Annual returns of the Patna Lunatic Asylum at Bankipore in Bihar and Orissa - 1912-1924
Year: 1912
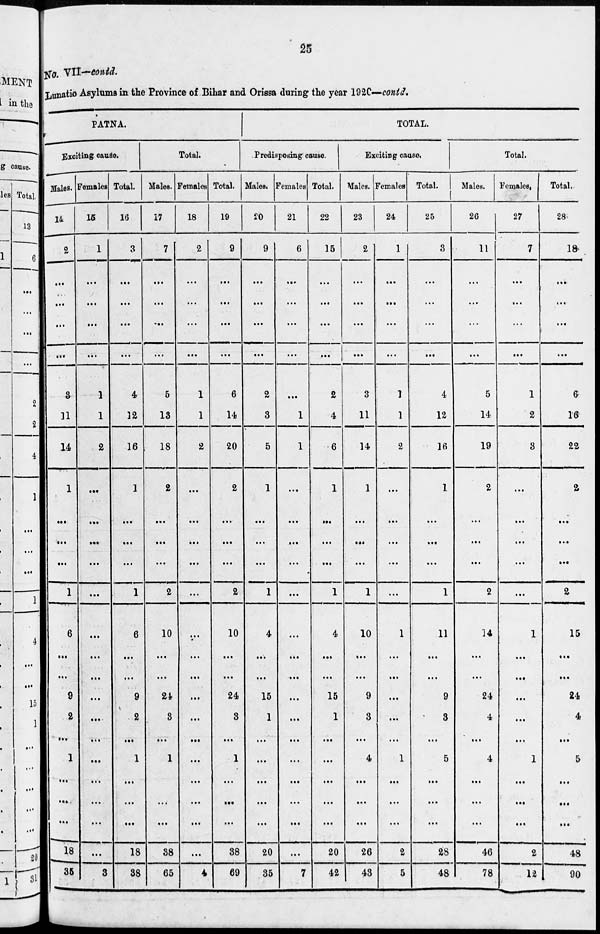
25
No.VII—contd.
Lunatic Asylums in the Province of Bihar and Orissa during the year 1920—contd.
PATNA.
Exciting cause.
Males.
14
2
...
...
...
...
3
11
14
1
...
...
...
1
6
...
...
9
2
...
1
...
...
...
18
35
Females
15
1
...
...
...
...
1
1
2
...
...
...
...
...
...
...
...
...
...
...
...
...
...
...
...
3
Total.
16
3
...
...
...
...
4
12
16
1
...
...
...
1
6
...
...
9
2
...
1
...
...
...
18
38
Total.
Males.
17
7
...
...
...
...
5
13
18
2
...
...
...
2
10
...
...
24
8
...
1
...
...
...
38
65
Females
18
2
...
...
...
...
1
1
2
...
...
...
...
...
...
...
...
...
...
...
...
...
...
...
...
4
Total.
19
9
...
...
...
...
6
14
20
2
...
...
...
2
10
...
...
24
8
...
1
...
...
...
38
69
TOTAL.
Predisposing cause.
Males.
20
9
...
...
...
...
2
3
5
1
...
...
...
1
4
...
...
15
1
...
...
...
...
...
20
35
Females
21
6
...
...
...
...
...
1
1
...
...
...
...
...
...
...
...
...
...
...
...
...
...
...
...
7
Total.
22
15
...
...
...
...
2
4
6
1
...
...
...
1
4
...
...
15
1
...
...
...
...
...
20
42
Exciting cause.
Males.
23
2
...
...
...
...
3
11
14
1
...
...
...
1
10
...
...
9
3
...
4
...
...
...
26
43
Females
24
1
...
...
...
...
1
1
2
...
...
...
...
...
1
...
...
...
...
...
1
...
...
...
2
5
Total.
25
3
...
...
...
...
4
12
16
1
...
...
...
1
11
...
...
9
3
...
5
...
...
...
28
48
Total.
Males.
26
11
...
...
...
...
5
14
19
2
...
...
...
2
14
...
...
24
4
...
4
...
...
...
46
78
Females.
27
7
...
...
...
...
1
2
3
...
...
...
...
...
1
...
...
...
...
...
1
...
...
...
2
12
Total.
28
18
...
...
...
...
6
16
22
2
...
...
...
2
15
...
...
24
4
...
5
...
...
...
48
90